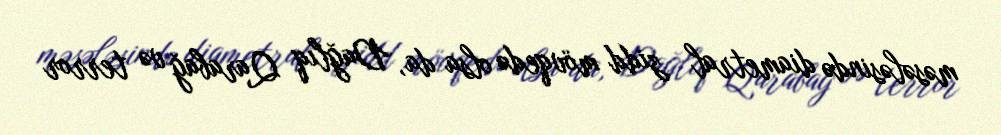
məsələsində diametral zidd mövqedə olsa da, Dağlıq Qarabağ və terror